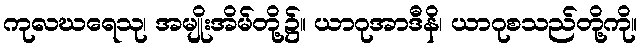
ကုလဃရေသု၊ အမျိုးအိမ်တို့၌။ ယာဂုအာဒီနိ၊ ယာဂုစသည်တို့ကို။